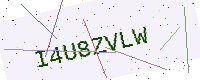
Text: I4U8ZVLW